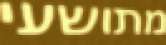
מתושעי